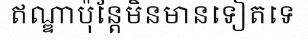
ឥណ្ឌាប៉ុន្តែមិនមានទៀតទេ